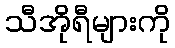
သီအိုရီများကို